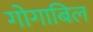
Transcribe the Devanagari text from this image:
गोगाबिल